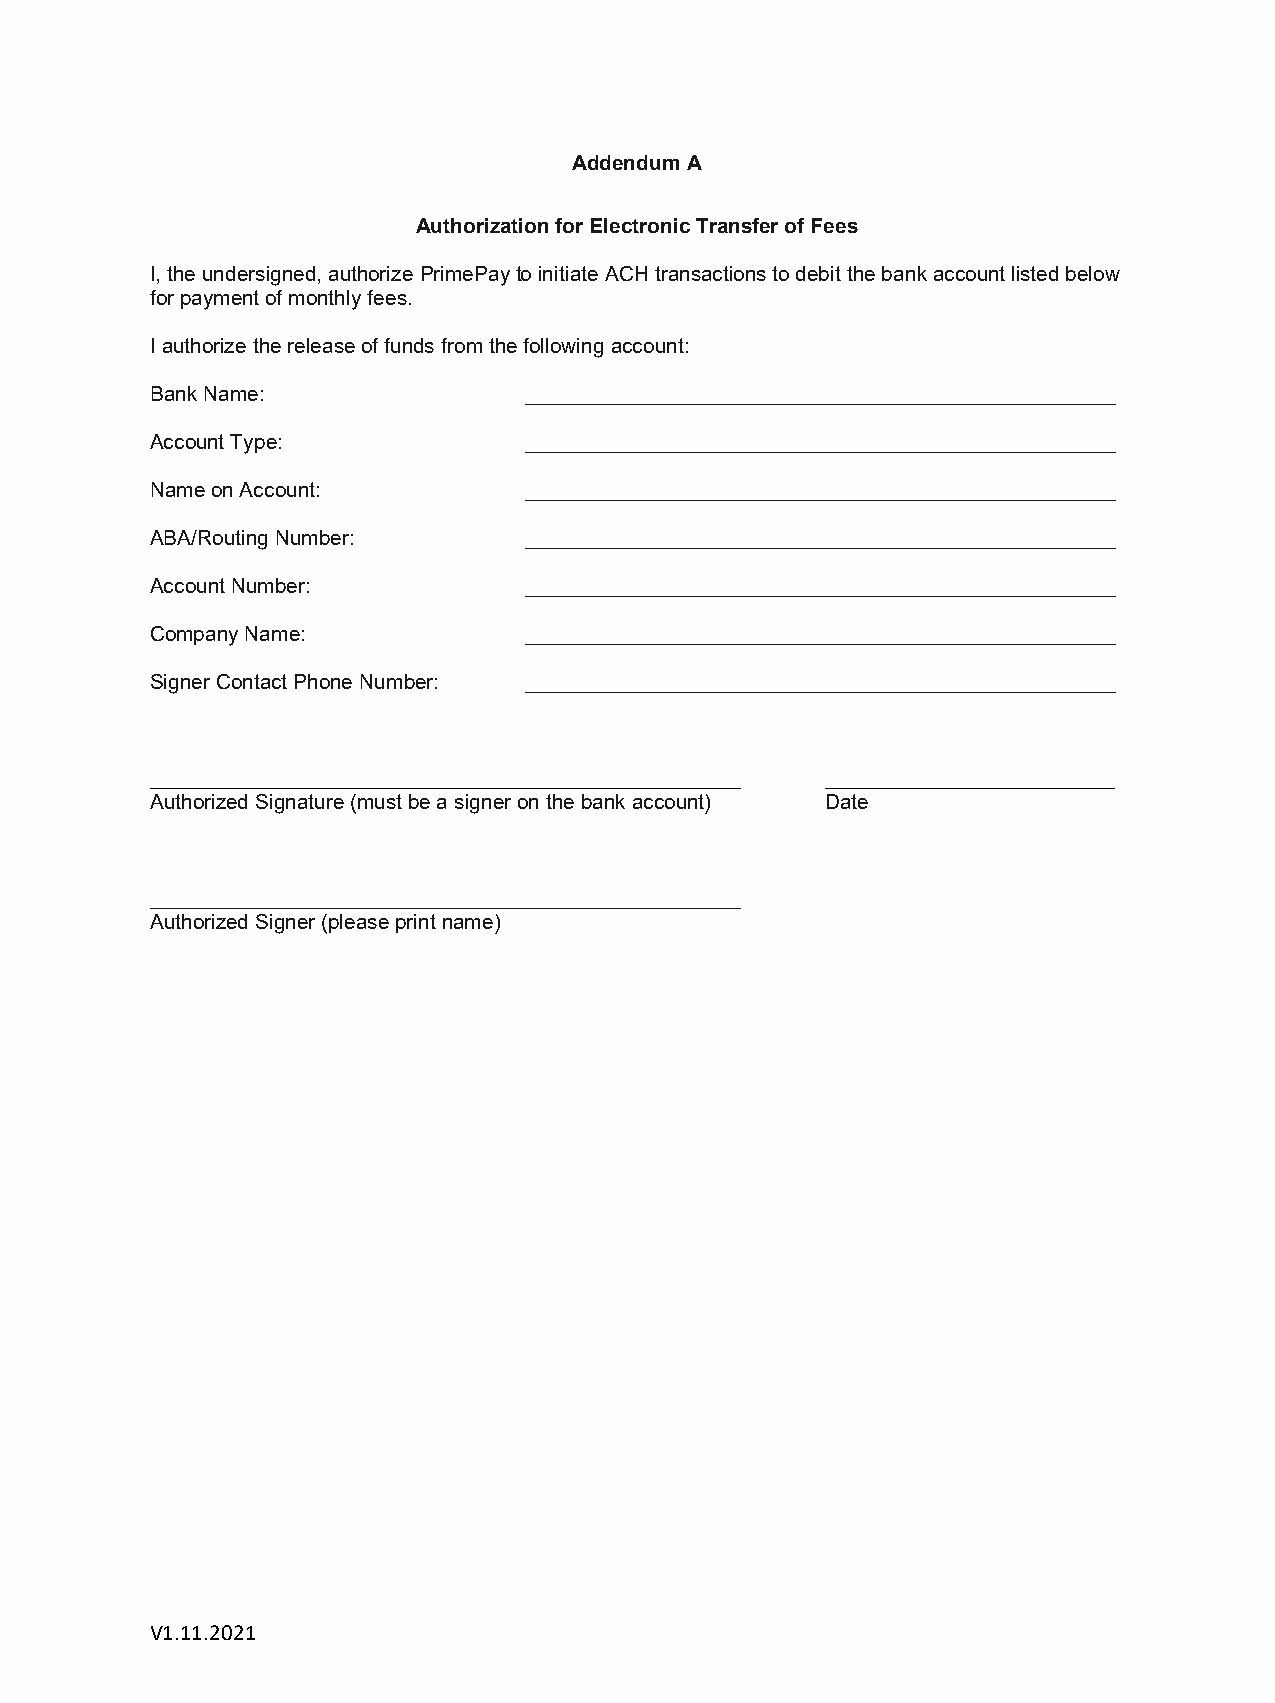
Addendum A
 Authorization for Electronic Transfer of Fees
 I, the undersigned, authorize PrimePay to initiate ACH transactions to debit the bank account listed below
 for payment of monthly fees.
 I authorize the release of funds from the following account:
 Bank Name:               ___________________________________________________
 Account Type:            ___________________________________________________
 Name on Account:         ___________________________________________________
 ABA/Routing Number:      ___________________________________________________
 Account Number:          ___________________________________________________
 Company Name:            ___________________________________________________
 Signer Contact Phone Number: ___________________________________________________
 ___________________________________________________ _________________________
 Authorized Signature (must be a signer on the bank account) Date
 ___________________________________________________
 Authorized Signer (please print name)
 V1.11.2021